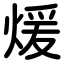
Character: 煖